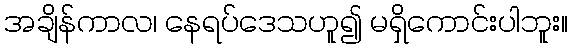
အချိန်ကာလ၊ နေရပ်ဒေသဟူ၍ မရှိကောင်းပါဘူး။